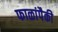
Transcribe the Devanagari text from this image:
फाळांपैकी